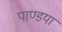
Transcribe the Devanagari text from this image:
पाण्डया